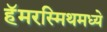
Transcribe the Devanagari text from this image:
हॅमरस्मिथमध्ये